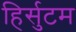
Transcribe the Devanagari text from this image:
हिर्सुटम